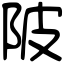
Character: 陂